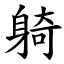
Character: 躸